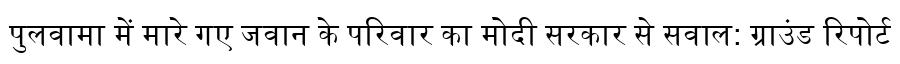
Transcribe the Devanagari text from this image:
पुलवामा में मारे गए जवान के परिवार का मोदी सरकार से सवाल: ग्राउंड रिपोर्ट